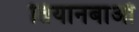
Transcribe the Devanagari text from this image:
तियानबाओ